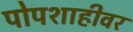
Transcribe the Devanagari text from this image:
पोपशाहीवर